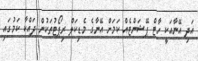
އަދި އޭނާއަކީ ހާޓް ޕޭޝަންޓެއް ކަމަށް އޭނާގެ މެޑިކަލް ރިޕޯޓުތަކުން ދައްކާ ކަމުގައި